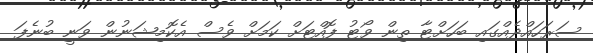
ސަރަހައްދެއްގައި ބަހަށްޓާ ތިން ވޯޓު ފޮއްޓަށް ކަމަށް ވެސް އެކޮމިޝަނުން ވަނީ ބުނެފަ